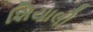
શિયાલી